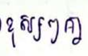
ខុសៗគ្នា